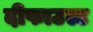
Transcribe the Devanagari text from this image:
दीफाउल्ट